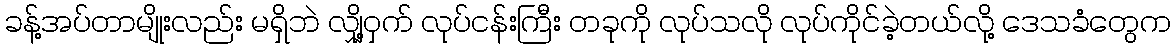
ခန့်အပ်တာမျိုးလည်း မရှိဘဲ လျှို့ဝှက် လုပ်ငန်းကြီး တခုကို လုပ်သလို လုပ်ကိုင်ခဲ့တယ်လို့ ဒေသခံတွေက